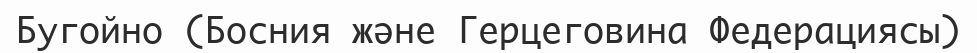
Бугойно (Босния және Герцеговина Федерациясы)